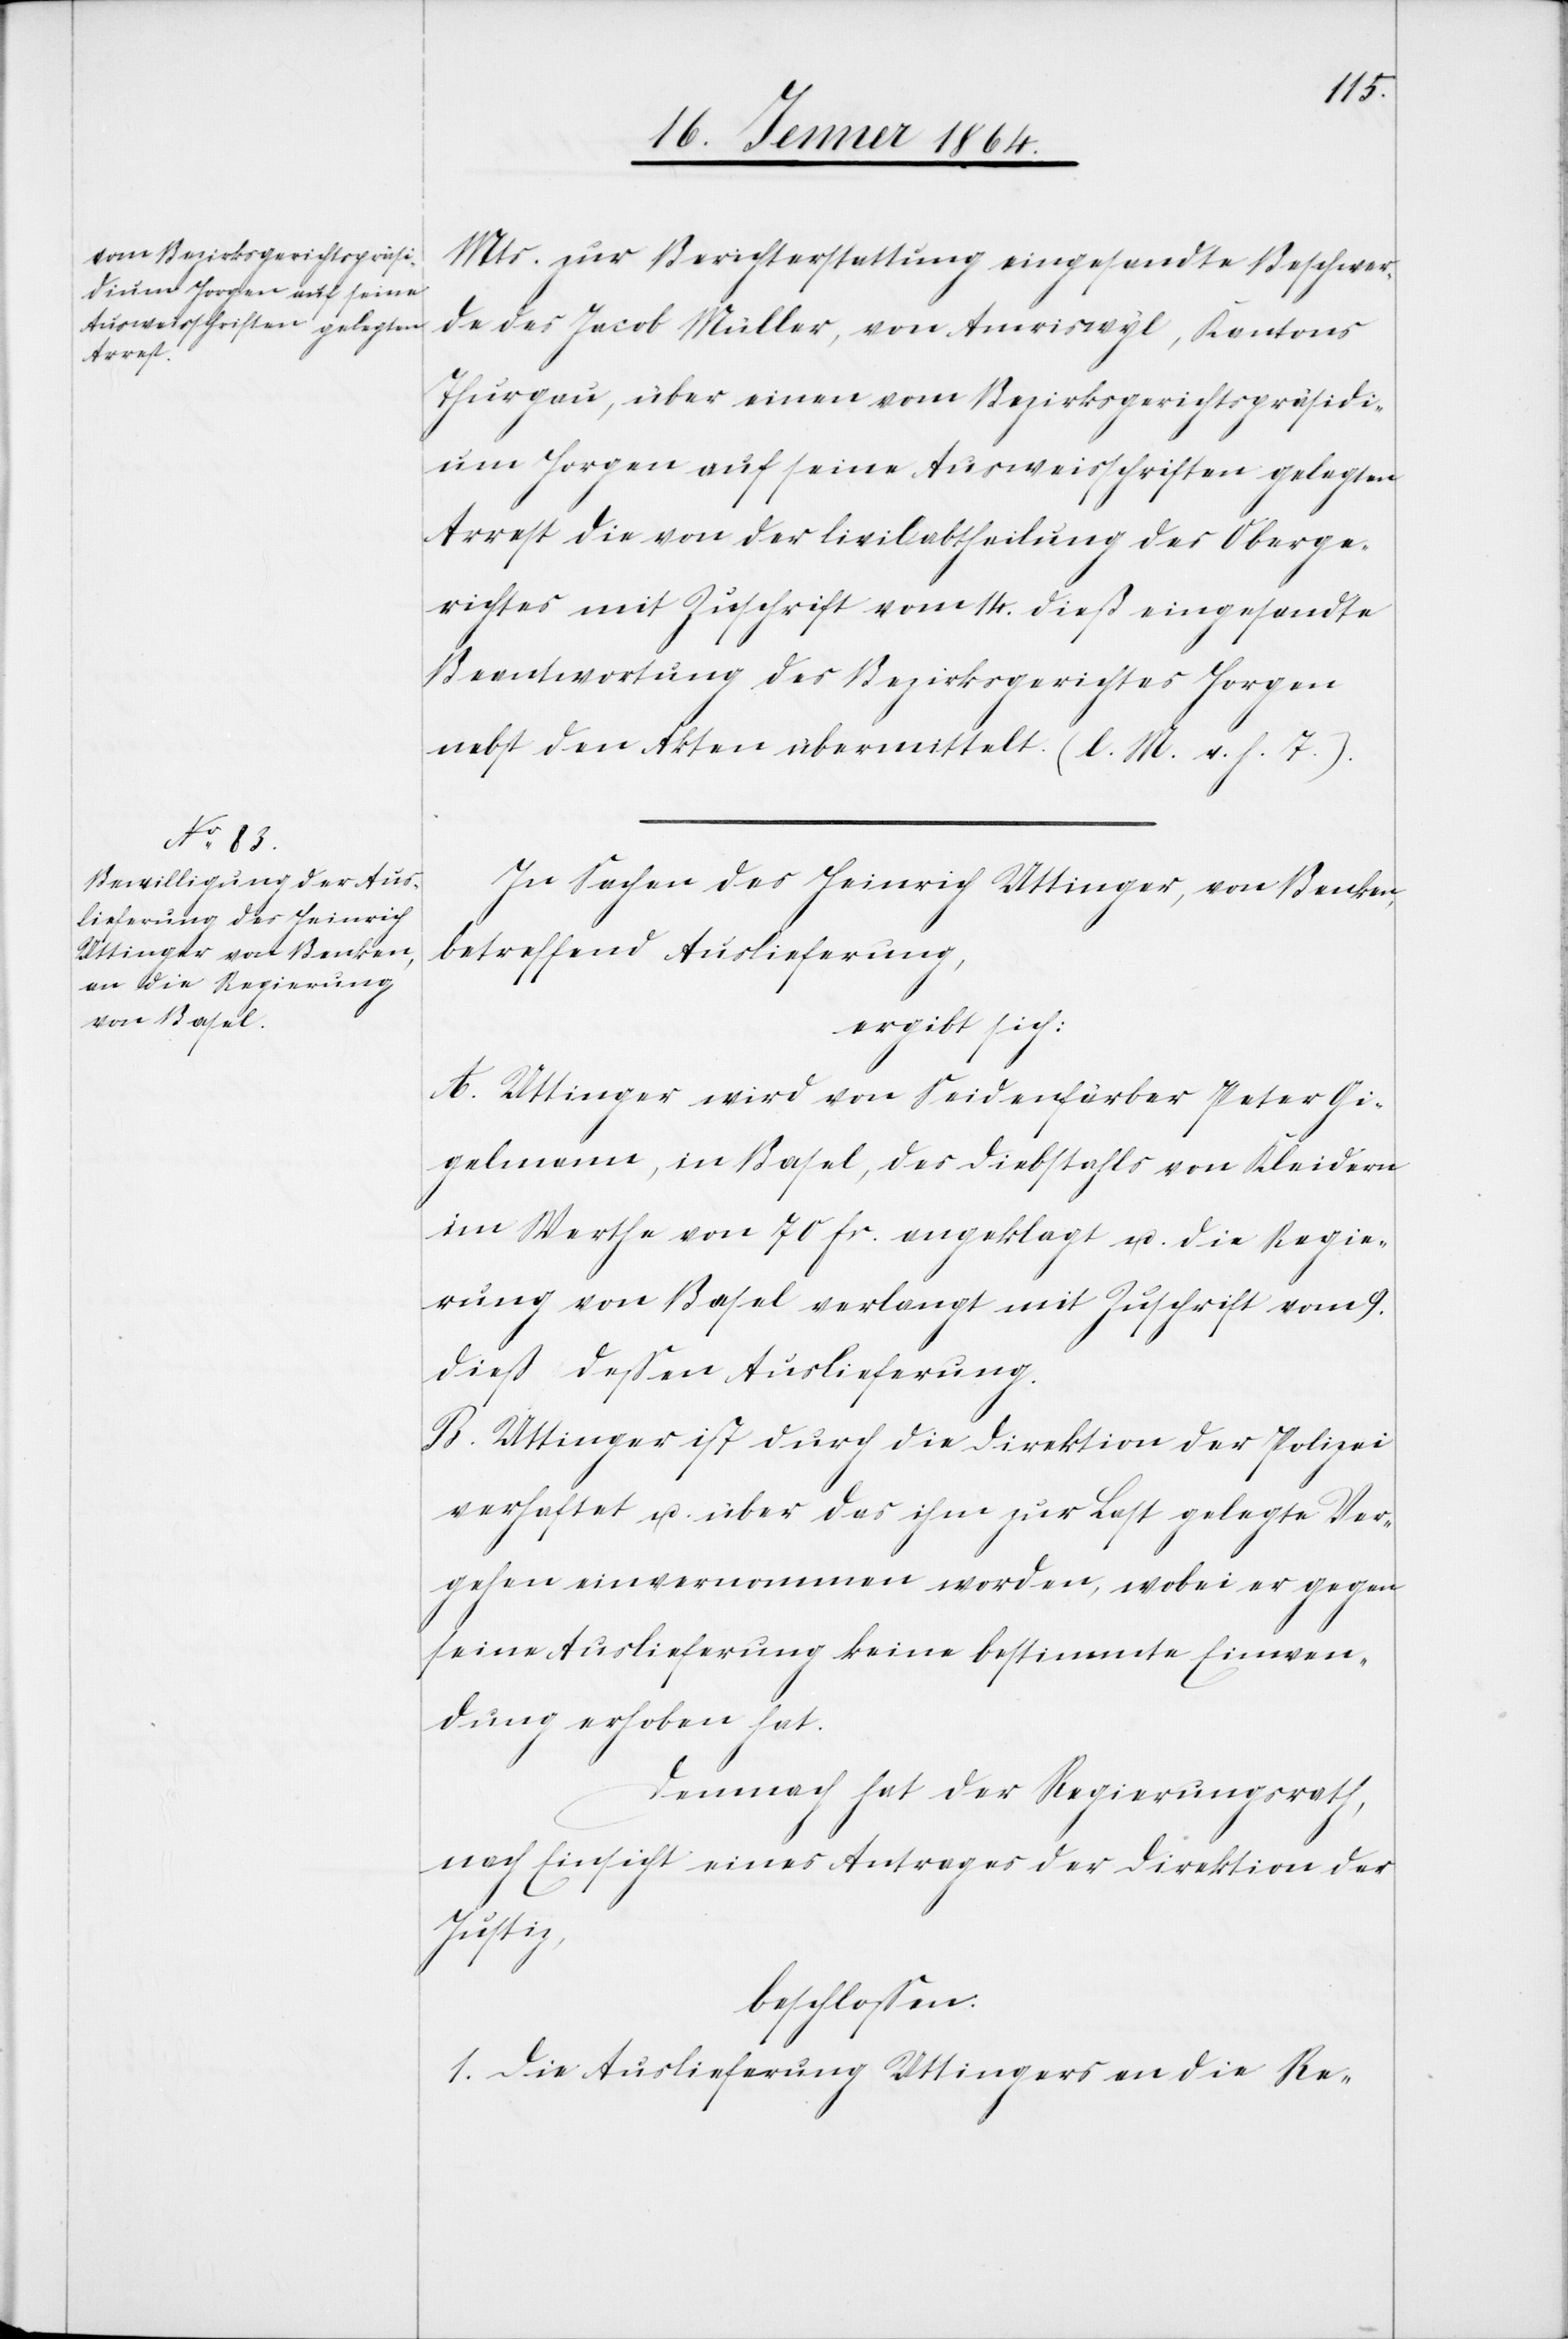
Mts. zur Berichterstattung eingesandte Beschwer¬
de des Jacob Müller, von Amriswyl, Kantons
Thurgau, über einen vom Bezirksgerichtspräsidi¬
um Horgen auf seine Ausweisschriften gelegten
Arrest die von der Civilabtheilung des Oberge¬
richtes mit Zuschrift vom 14. dieß eingesandte
Beantwortung des Bezirksgerichtes Horgen
nebst den Akten übermittelt. (l. M. v. h. T.).
In Sachen des Heinrich Uttinger, von Benken,
betreffend Auslieferung,
ergibt sich:
A. Uttinger wird von Seidenfärber Peter Gi¬
gelmann, in Basel, des Diebstahls von Kleidern
im Werthe von 70 fr. angeklagt u. die Regie¬
rung von Basel verlangt mit Zuschrift vom 9.
dieß dessen Auslieferung.
B. Uttinger ist durch die Direktion der Polizei
verhaftet u. über das ihm zur Last gelegte Ver¬
brechen einvernommen worden, wobei er gegen
seine Auslieferung keine bestimmte Einwen¬
dung erhoben hat.
Demnach hat der Regierungsrath,
nach Einsicht eines Antrages der Direktion der
Justiz,
beschlossen.
1. Die Auslieferung Uttingers an die Re-